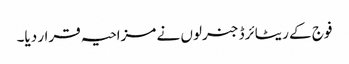
فوج کے ریٹائرڈ جنرلوں نے مزاحیہ قرار دیا۔